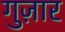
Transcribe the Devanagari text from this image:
गुज़़ार